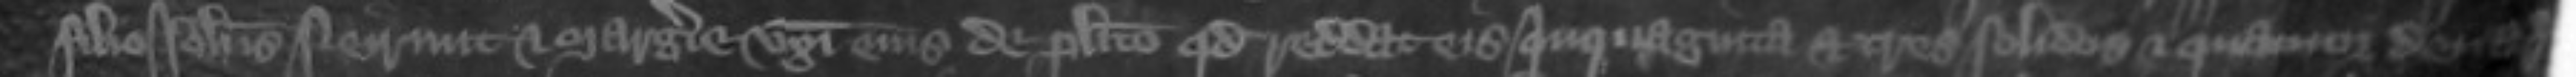
filio Johannis Neirnut et Margerie uxori eius de placito quod reddat eis quinquaginta et tres solidos et quatuor denarios